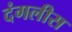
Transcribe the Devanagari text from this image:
दंगलीस